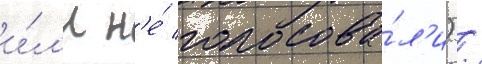
и́л'и н'е́ голосова́л'и) /